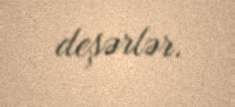
deşərlər.